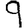
Digit: 9